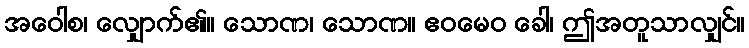
အဝေါစ၊ လျှောက်၏။ သောဏ၊ သောဏ။ ဧဝမေဝ ခေါ၊ ဤအတူသာလျှင်။